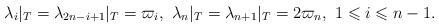
LaTeX: \begin{align*}\lambda_i|_{T}=\lambda_{2n-i+1}|_{T}=\varpi_i, \mbox{ } \lambda_n|_{T}=\lambda_{n+1}|_{T}= 2\varpi_n, ~1\leqslant i\leqslant n-1.\end{align*}